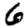
Digit: 6